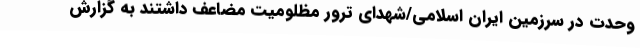
وحدت در سرزمین ایران اسلامی/شهدای ترور مظلومیت مضاعف داشتند به گزارش